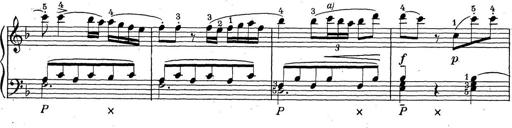
Title: ÄŒeskÃ© Sonatiny
Composer: Various